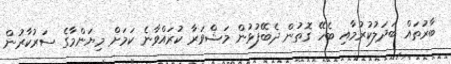
ބާރުތައް ބަދަލުކުރުމާއި ބެހޭ ގޮތުން ދެބޭފުޅުން މަޝްވަރާ ކުރައްވާނެ ކަމަށް މިޔަންމާގެ ސަރުކާރުން